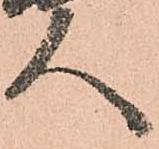
人